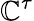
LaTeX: \mathbb{C}^{\tau}